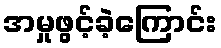
အမှုဖွင့်ခဲ့ကြောင်း